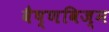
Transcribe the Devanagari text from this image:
वैष्णविज्म